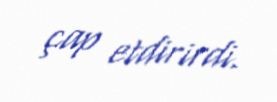
çap etdirirdi.